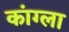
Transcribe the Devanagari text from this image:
कांग्ला